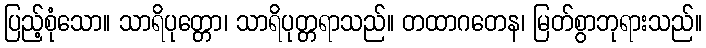
ပြည့်စုံသော။ သာရိပုတ္တော၊ သာရိပုတ္တရာသည်။ တထာဂတေန၊ မြတ်စွာဘုရားသည်။